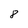
Character: 8